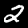
Label: 2